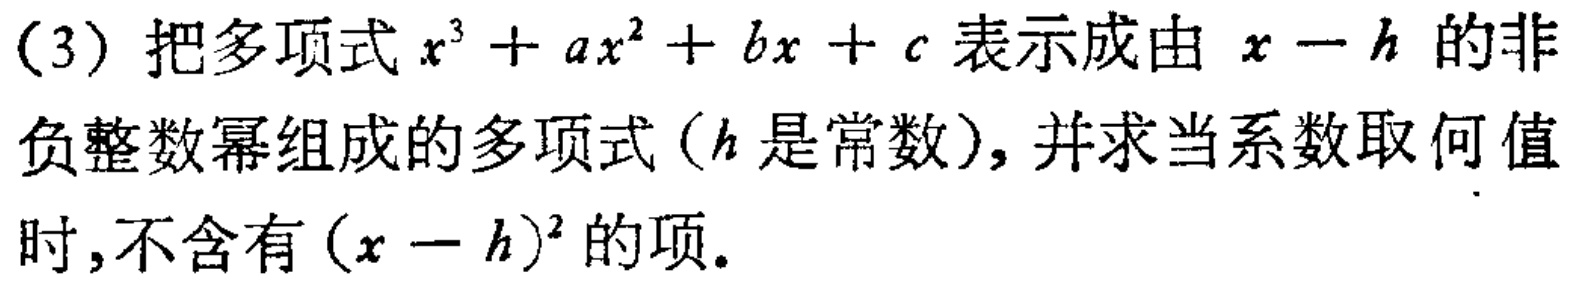
（3）把多项式\(x^{3}+ax^{2}+bx + c\)表示成由\(x - h\)的非负整数幂组成的多项式（\(h\)是常数），并求当系数取何值时，不含有\((x - h)^{2}\)的项。